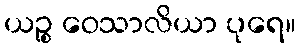
ယဉ္စ ဝေသာလိယာ ပုရေ။